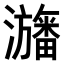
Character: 𤃳